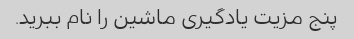
پنج مزیت یادگیری ماشین را نام ببرید.